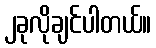
၂ခုလိုချင်ပါတယ်။